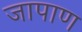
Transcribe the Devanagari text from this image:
जापाण